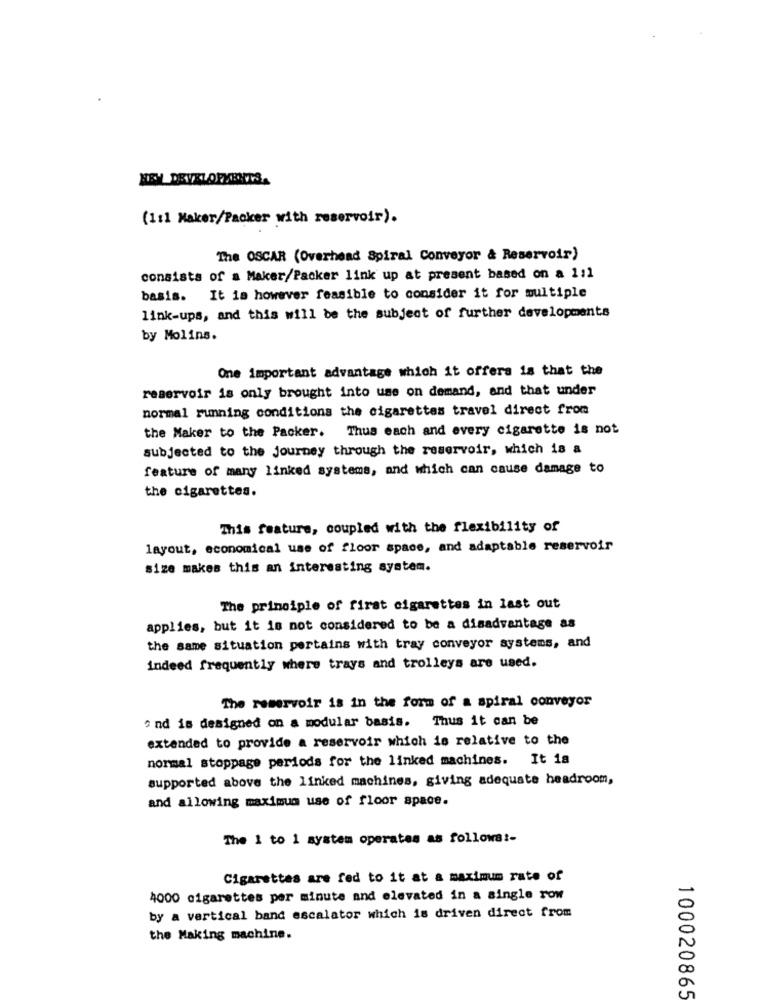
HEY_DRYXL OFKENTS.
(1:1 Maker/Packer with reservoir).
The OSCAR (Overhead Spiral Conveyor & Reservoir)
consists of a Maker/Packer link up at present based on a 1:1
basis. It is however feasible to consider it for multiple
link-ups, and this will be the subject of further developments
by Molins.
One important advantage which it offers is that the
reservoir is only brought into use on demand, and that under
normal running conditions the cigarettes travel direct from
the Maker to the Packer. Thus each and every cigarette is not
subjected to the journey through the reservoir, which is a
feature of many linked systems, and which can cause damage to
the cigarettes.
This feature, coupled with the flexibility of
layout, economical use of floor space, and adaptable reservoir
size makes this an interesting system.
The principle of first cigarettes in last out
applies, but it is not considered to be a disadvantage as
the same situation pertains with tray conveyor systems, and
indeed frequently where trays and trolleys are used.
The reservoir is in the form of a spiral conveyor
" nd is designed on a modular basis. Thus it can be
extended to provide a reservoir which is relative to the
normal stoppage periods for the linked machines. It is
supported above the linked machines, giving adequate headroom,
and allowing maximum use of floor space.
The 1 to 1 system operates as follows :-
Cigarettes are fed to it at a maximum rate of
4000 cigarettes per minute and elevated in a single row
by a vertical band escalator which is driven direct from
the Making machine.
100020865